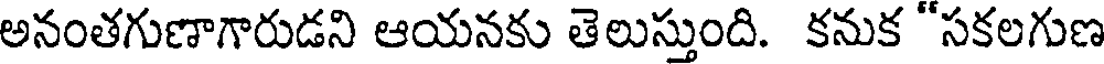
అనంతగుణాగారుడని ఆయనకు తెలుస్తుంది. కనుక "సకలగుణ